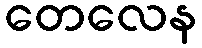
တေလေန